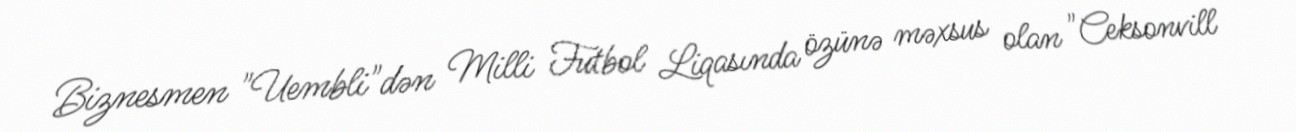
Biznesmen "Uembli"dən Milli Futbol Liqasında özünə məxsus olan "Ceksonvill